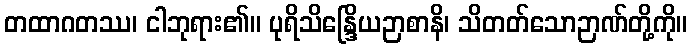
တထာဂတဿ၊ ငါဘုရား၏။ ပုရိသိန္ဒြေိယဉာစာနိ၊ သိတတ်သောဉာဏ်တို့ကို။